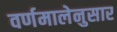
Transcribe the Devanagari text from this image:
वर्णमालेनुसार